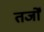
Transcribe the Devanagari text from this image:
तर्जों